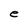
Character: e